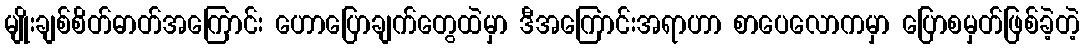
မျိုးချစ်စိတ်ဓာတ်အကြောင်း ဟောပြောချက်တွေထဲမှာ ဒီအကြောင်းအရာဟာ စာပေလောကမှာ ပြောစမှတ်ဖြစ်ခဲ့တဲ့